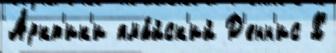
А́ркт'ик'и яма́йск'ий Д'енн'ис Х